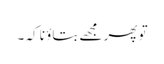
تو پھر مجھے بتاؤ نا کہ ۔